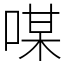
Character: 㖼